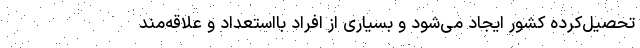
تحصیل‌کرده کشور ایجاد می‌شود و بسیاری از افراد بااستعداد و علاقه‌مند